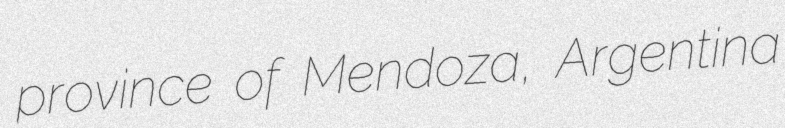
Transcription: province of Mendoza, Argentina